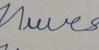
Signature authenticity: forged